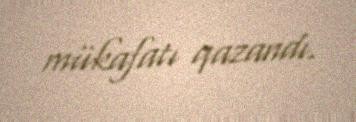
mükafatı qazandı.